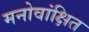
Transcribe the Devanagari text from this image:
मनोवांक्षित